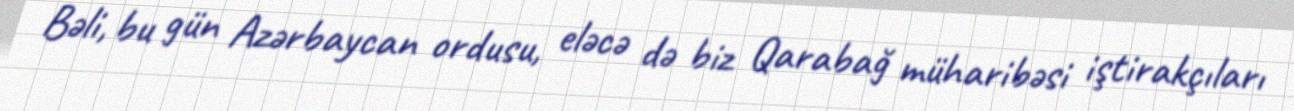
Bəli, bu gün Azərbaycan ordusu, eləcə də biz Qarabağ müharibəsi iştirakçıları